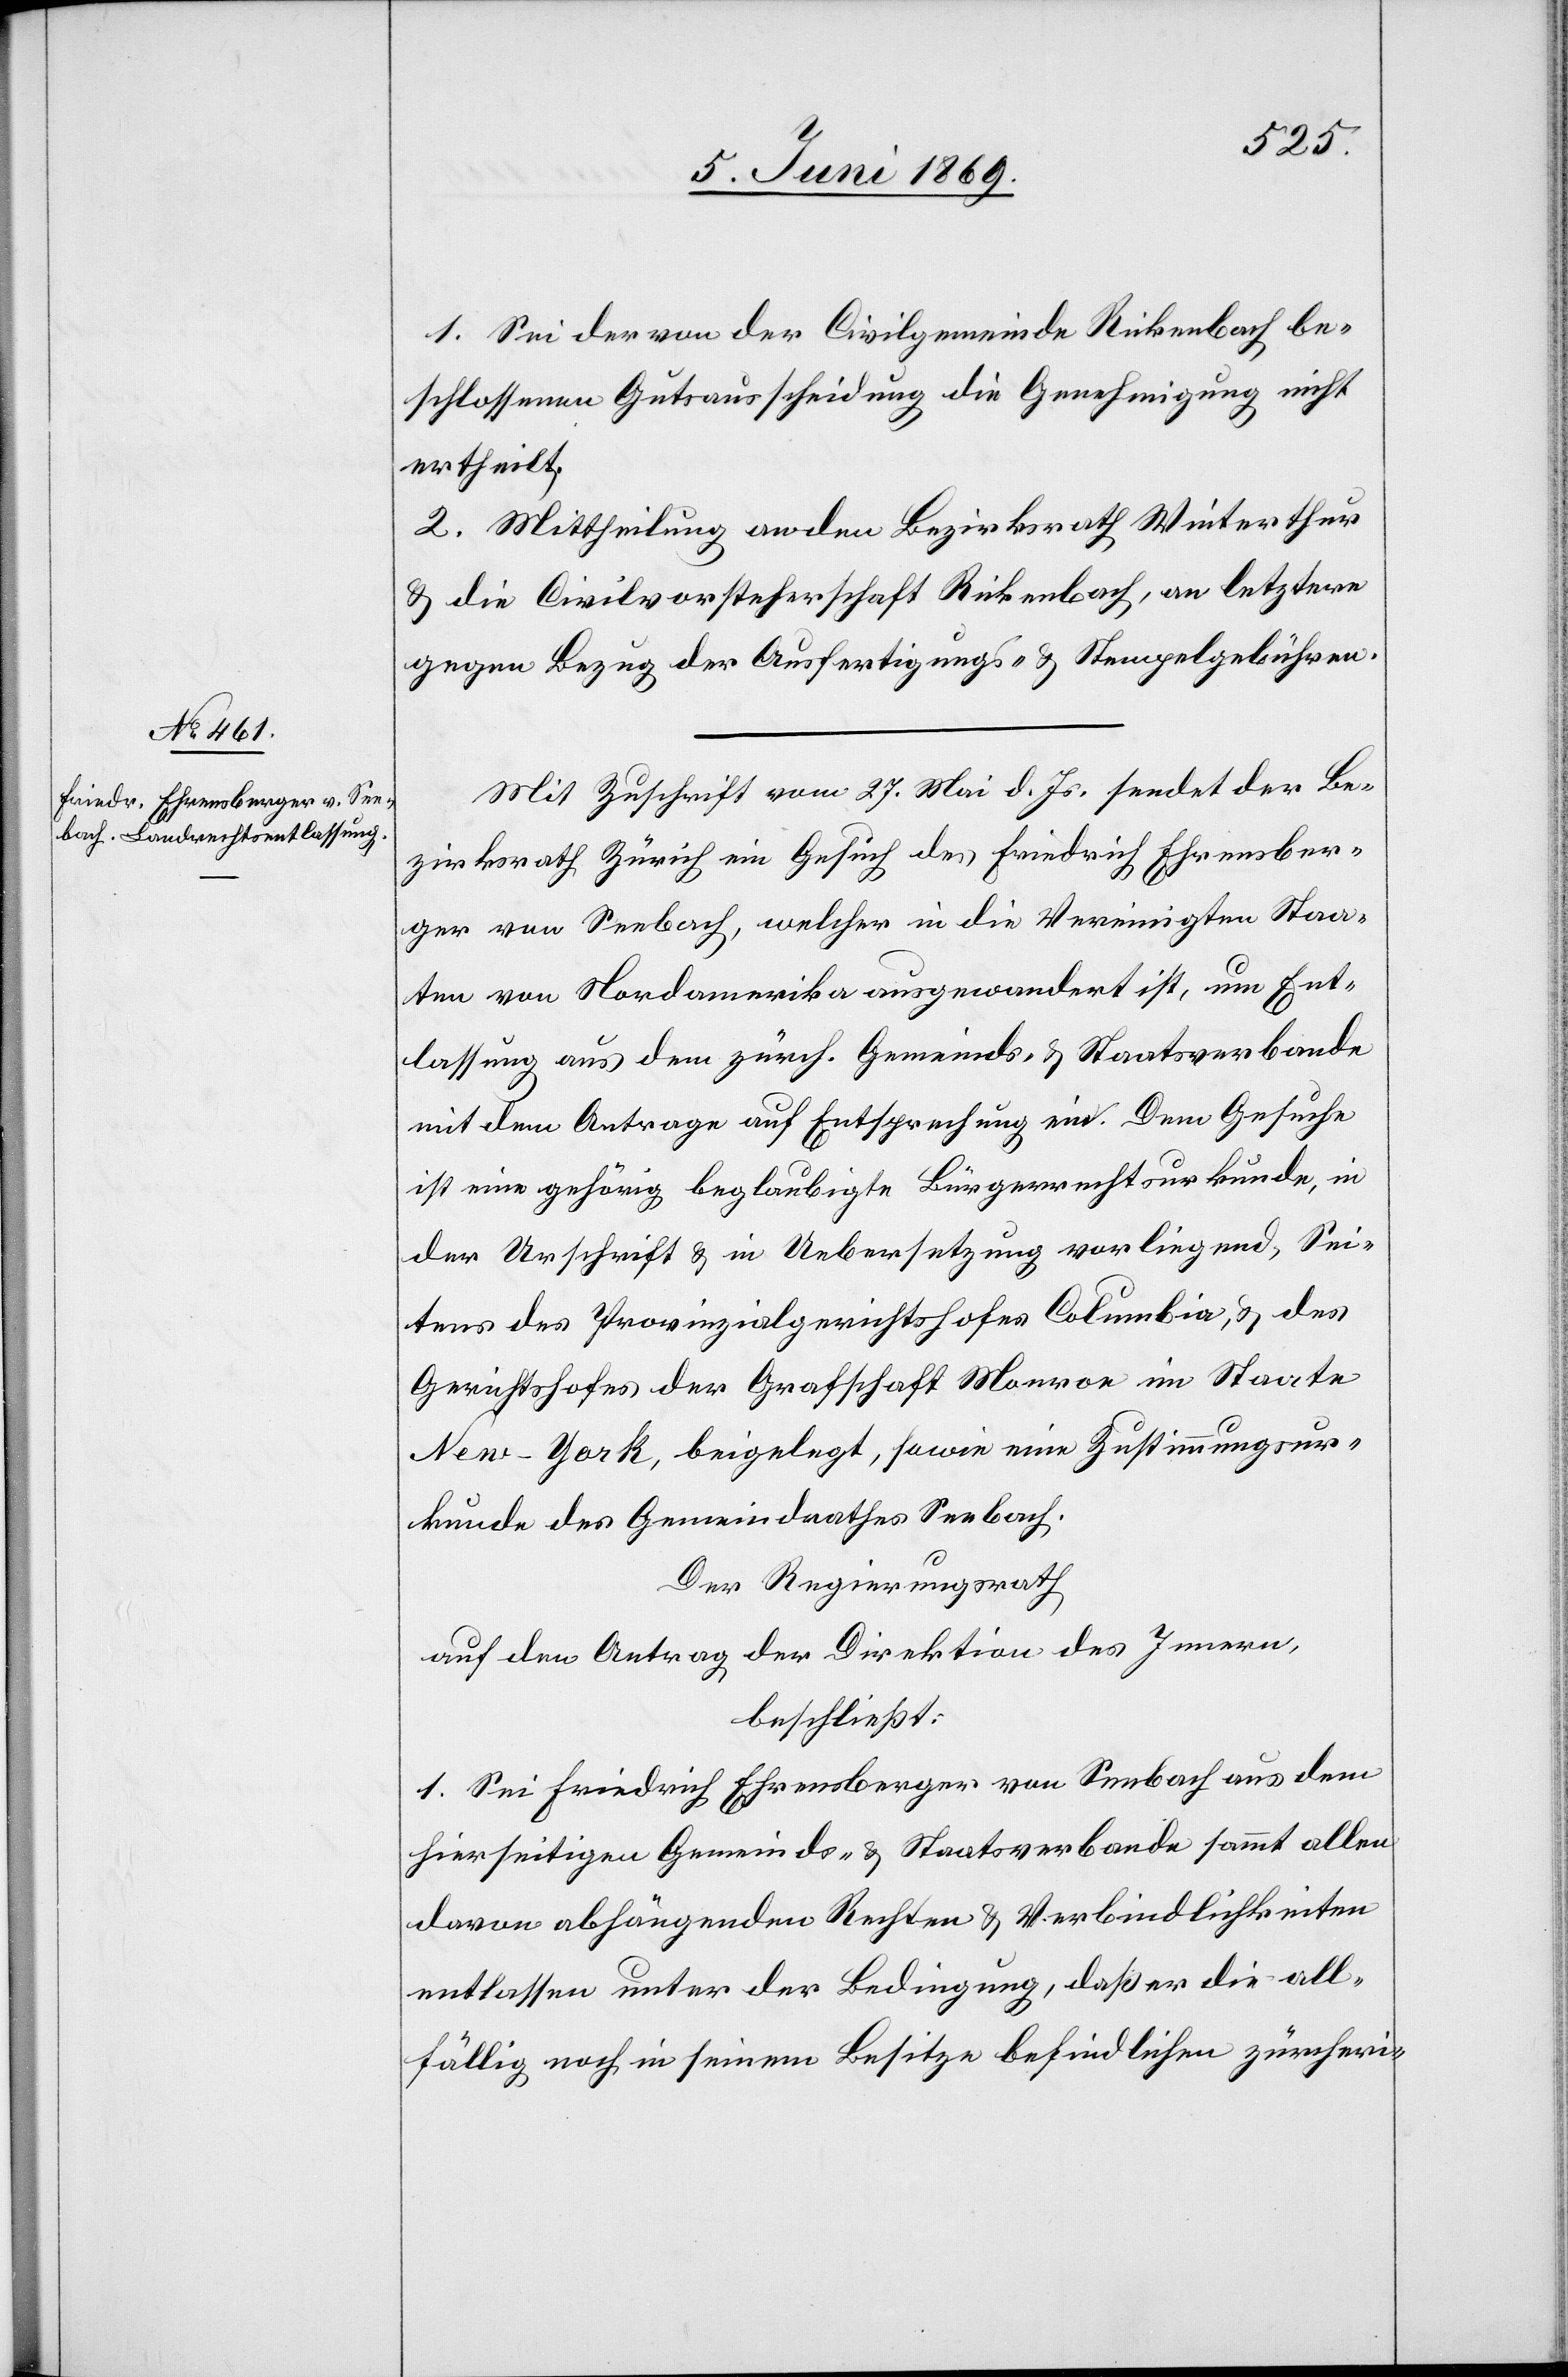
1. Sei der von der Civilgemeinde Rickenbach be¬
schlossene Gutsauscheidung die Genehmigung nicht
ertheilt.
2. Mittheilung an den Bezirksrath Winterthur
u. die Civilvorsteherschaft Rickenbach, an letztere
gegen Bezug der Ausfertigungs- u. Stempelgebühren.
Mit Zuschrift vom 27. Mai d. Js. sendet der Be¬
zirksrath Zürich ein Gesuch des Friedrich Ehrensber¬
ger von Seebach, welcher in die Vereinigten Staa¬
ten von Nordamerika ausgewandert ist, um Ent¬
lassung aus dem zürch. Gemeinds- u. Staatsverbande
mit dem Antrage auf Entsprechung ein. Dem Gesuche
ist eine gehörig beglaubigte Bürgerrechtsurkunde, in
der Urschrift u. in Uebersetzung vorliegend, Sei¬
tens des Provinzialgerichtshofes Columbia, u. des
Gerichtshofes der Grafschaft Monroe im Staate
New-York, beigelegt, sowie eine Zustimmungsur¬
kunde des Gemeindrathes Seebach.
Der Regierungsrath,
auf den Antrag der Direktion des Innern,
beschließt:
1. Sei Friedrich Ehrensberger von Seebach aus dem
hierseitigen Gemeinds- u. Staatsverbande sammt allen
davon abhängenden Rechten u. Verbindlichkeiten
entlassen unter der Bedingung, daß er die all¬
fällig noch in seinem Besitze befindlichen zürcheri-